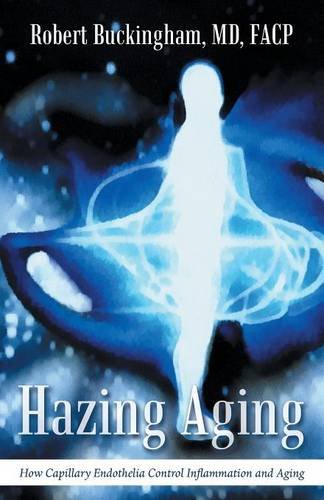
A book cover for Hazing Aging: How Capillary Endothelia Control Inflammation and Aging; Robert Buckingham MD; Medical Books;